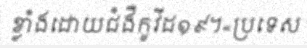
ខ្លាំងដោយជំងឺកូវីដ១៩។«ប្រទេស